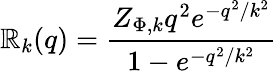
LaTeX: \mathbb{R}_{k}(q)=\frac{{Z_{\Phi,k}q^{2}e^{-q^{2}/k^{2}}}}{{1-e^{-q^{2}/k^{2}}}}